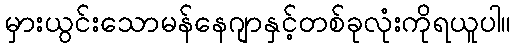
မှားယွင်းသောမန်နေဂျာနှင့်တစ်ခုလုံးကိုရယူပါ။